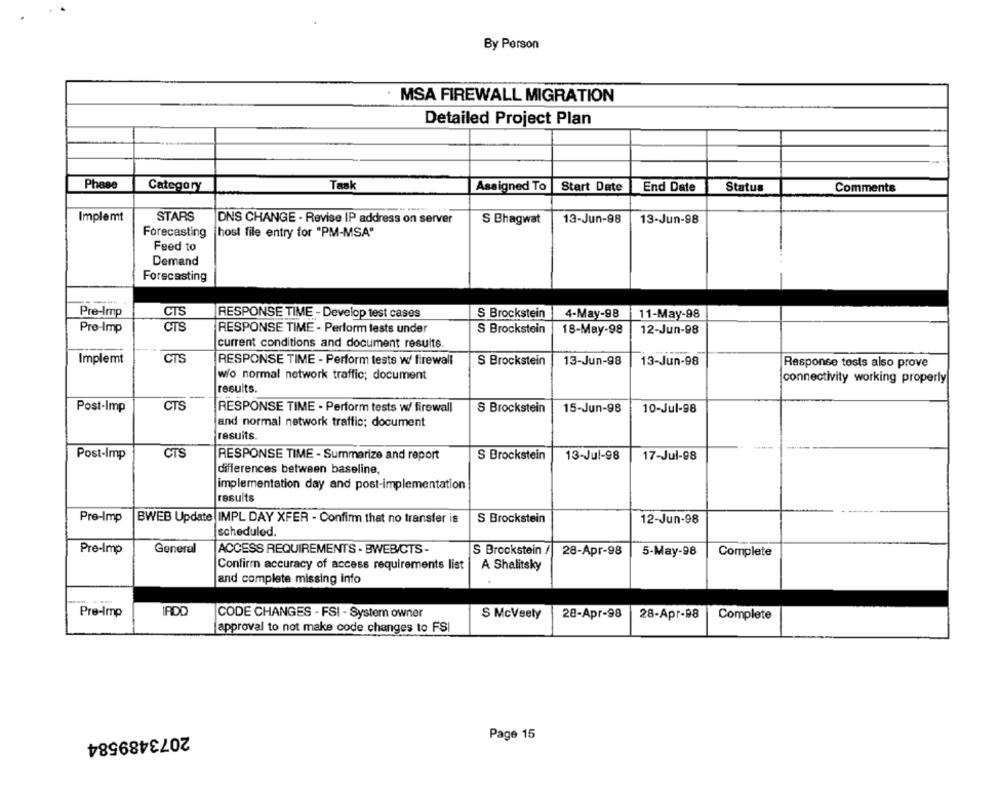
By Person
MSA FIREWALL MIGRATION
Detailed Project Plan
Phase
Category
Task
Assigned To
Start Date
End Date
Status
Comments
Implemt
STARS
DNS CHANGE - Revise IP address on server
S Bhagwat
13-Jun-98
13-Jun-98
Forecasting host file entry for "PM-MSA"
Feed to
Demand
Forecasting
Pre-Imp
CTS
RESPONSE TIME - Develop test cases
S Brockstein
4-May-98
11-May-98
Pro-Imp
CTS
RESPONSE TIME - Perform tests under
S Brockstein
18-May-98
12-Jun-98
current conditions and document results
Implemt
CTS
RESPONSE TIME - Perform tests w/ firewall
S Brockstein
13-Jun-98
13-Jun-98
Response tests also prove
wio normal network traffic; document
connectivity working properly
results.
Post-Imp
CTS
RESPONSE TIME - Perform tests w/ firewall
S Brockstein
15-Jun-98
10-Jul-98
and normal network traffic; document
results.
Post-Imp
CTS
RESPONSE TIME - Summarize and report
S Brockstein
13-Jul-98
17-Jul-98
differences between baseline,
implementation day and post-implementation
results
Pre-Imp
BWEB Update IMPL DAY XFER - Confirm that no transfer is
S Brockstein
12-Jun-98
scheduled.
Pre-Imp
General
ACCESS REQUIREMENTS - BWEB/CTS-
S Brockstein /
28-Apr-98
5-May-98
Complete
Confirm accuracy of access requirements list
A Shalitsky
and complete missing info
Pre-Imp
IADD
CODE CHANGES - FSI - System owner
S McVeely
28-Apr-98
28-Apr-98
Complete
approval to not make code changes to FSI
2073489584
Page 15